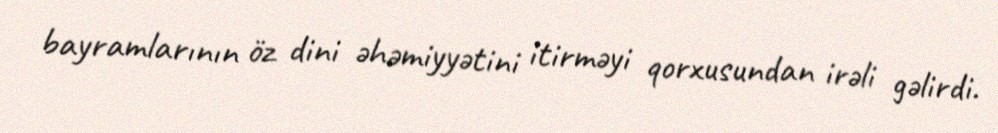
bayramlarının öz dini əhəmiyyətini itirməyi qorxusundan irəli gəlirdi.